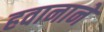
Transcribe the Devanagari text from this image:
हवानाने